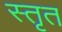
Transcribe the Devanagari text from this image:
स्तृत